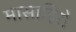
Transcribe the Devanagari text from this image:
मासाहिरो